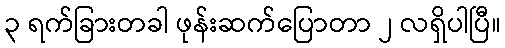
၃ ရက်ခြားတခါ ဖုန်းဆက်ပြောတာ ၂ လရှိပါပြီ။